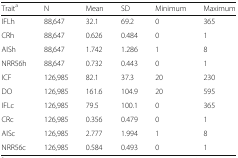
<table><thead><tr><td><b>Trait<sup>a</sup></b></td><td><b>N</b></td><td><b>Mean</b></td><td><b>SD</b></td><td><b>Minimum</b></td><td><b>Maximum</b></td></tr></thead><tbody><tr><td>IFLh</td><td>88,647</td><td>32.1</td><td>69.2</td><td>0</td><td>365</td></tr><tr><td>CRh</td><td>88,647</td><td>0.626</td><td>0.484</td><td>0</td><td>1</td></tr><tr><td>AISh</td><td>88,647</td><td>1.742</td><td>1.286</td><td>1</td><td>8</td></tr><tr><td>NRR56h</td><td>88,647</td><td>0.732</td><td>0.443</td><td>0</td><td>1</td></tr><tr><td>ICF</td><td>126,985</td><td>82.1</td><td>37.3</td><td>20</td><td>230</td></tr><tr><td>DO</td><td>126,985</td><td>161.6</td><td>104.9</td><td>20</td><td>595</td></tr><tr><td>IFLc</td><td>126,985</td><td>79.5</td><td>100.1</td><td>0</td><td>365</td></tr><tr><td>CRc</td><td>126,985</td><td>0.356</td><td>0.479</td><td>0</td><td>1</td></tr><tr><td>AISc</td><td>126,985</td><td>2.777</td><td>1.994</td><td>1</td><td>8</td></tr><tr><td>NRR56c</td><td>126,985</td><td>0.584</td><td>0.493</td><td>0</td><td>1</td></tr></tbody></table>